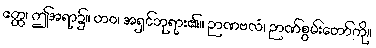
ဧတ္ထ၊ ဤအရာ၌။ တဝ၊ အရှင်ဘုရား၏။ ဉာဏဗလံ၊ ဉာဏ်စွမ်းတော်ကို။